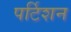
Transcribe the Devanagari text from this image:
पर्टिशन